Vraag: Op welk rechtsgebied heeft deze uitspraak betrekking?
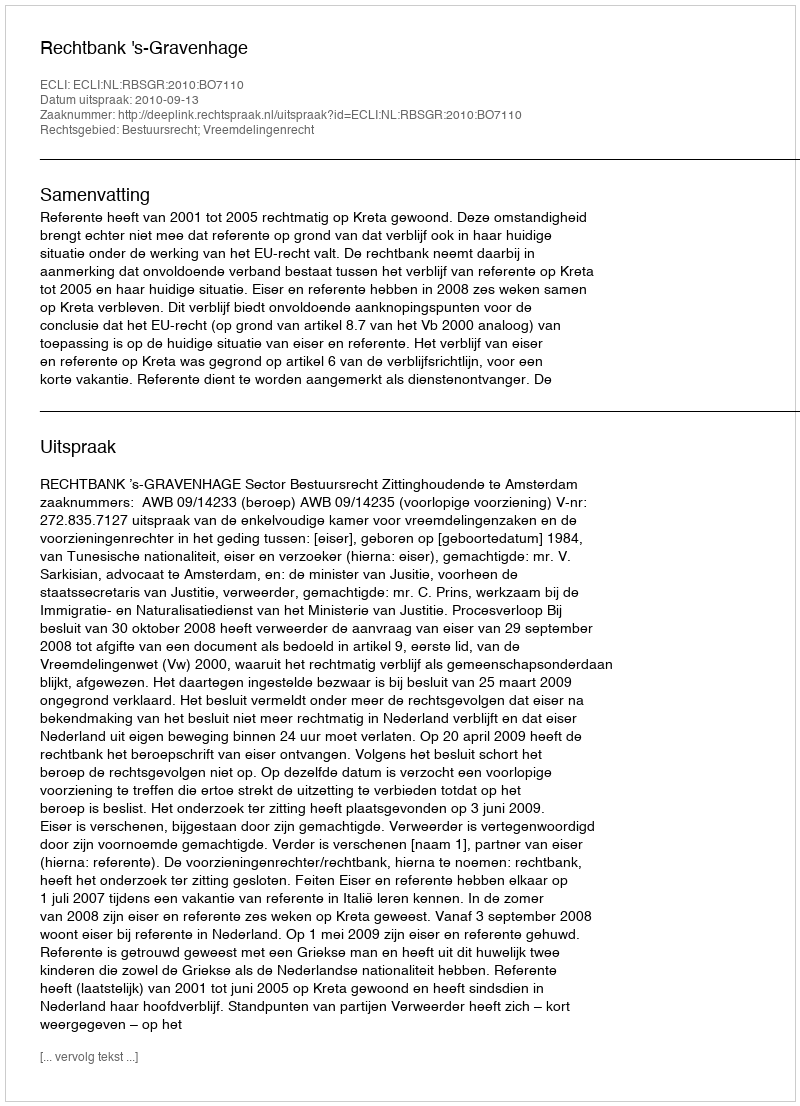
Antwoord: Bestuursrecht; Vreemdelingenrecht